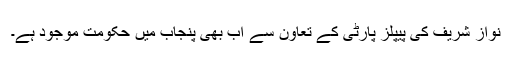
نواز شریف کی پیپلز پارٹی کے تعاون سے اب بھی پنجاب میں حکومت موجود ہے۔